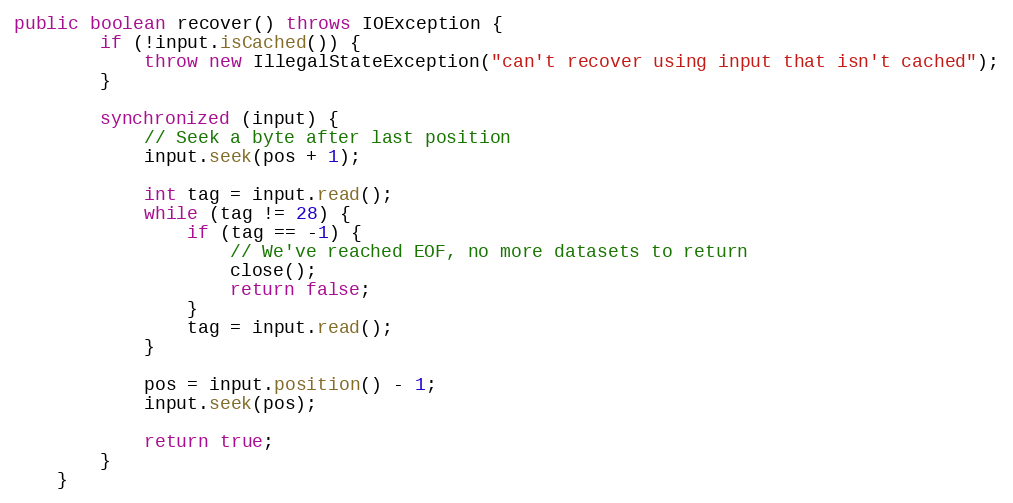
Language: Java
public boolean recover() throws IOException {
		if (!input.isCached()) {
			throw new IllegalStateException("can't recover using input that isn't cached");
		}

		synchronized (input) {
			// Seek a byte after last position
			input.seek(pos + 1);

			int tag = input.read();
			while (tag != 28) {
				if (tag == -1) {
					// We've reached EOF, no more datasets to return
					close();
					return false;
				}
				tag = input.read();
			}

			pos = input.position() - 1;
			input.seek(pos);

			return true;
		}
	}